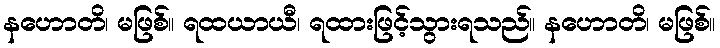
နဟောတိ၊ မဖြစ်။ ရထယာယီ၊ ရထားဖြင့်သွားရသည်။ နဟောတိ၊ မဖြစ်။